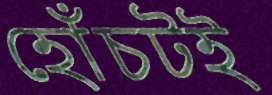
হোঁচটই